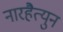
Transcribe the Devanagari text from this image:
नारहैत्युन